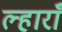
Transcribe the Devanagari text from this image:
ल्हाराँ